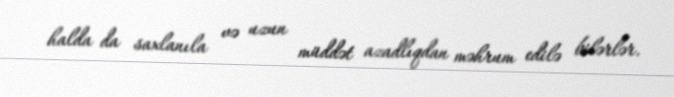
halda da saxlanıla və uzun müddət azadlıqdan məhrum edilə bilərlər.